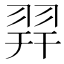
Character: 𦐧